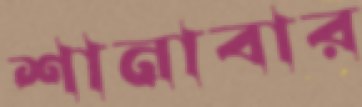
শানাবার